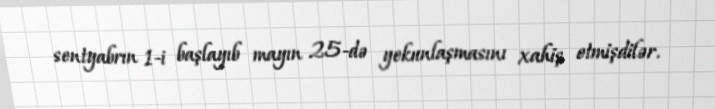
sentyabrın 1-i başlayıb mayın 25-də yekunlaşmasını xahiş etmişdilər.